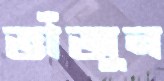
ভাঁজুন